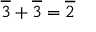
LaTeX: { \overline { { 3 } } } + { \overline { { 3 } } } = { \overline { { 2 } } }